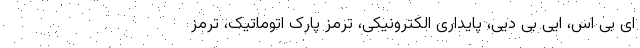
ای بی اس، ایی بی دیی، پایداری الکترونیکی، ترمز پارک اتوماتیک، ترمز